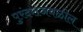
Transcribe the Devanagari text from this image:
पुरंदराजवळील